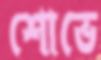
শোভে